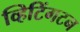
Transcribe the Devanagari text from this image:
व्हिटिंगटन